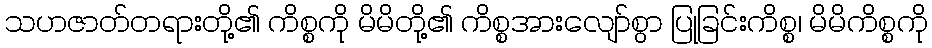
သဟဇာတ်တရားတို့၏ ကိစ္စကို မိမိတို့၏ ကိစ္စအားလျော်စွာ ပြုခြင်းကိစ္စ၊ မိမိကိစ္စကို